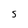
Character: S